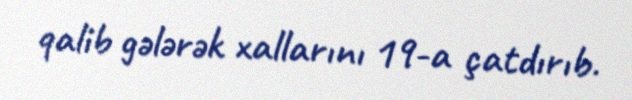
qalib gələrək xallarını 19-a çatdırıb.